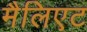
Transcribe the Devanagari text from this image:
मैलिएट